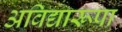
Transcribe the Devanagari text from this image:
अविद्यारूपा